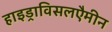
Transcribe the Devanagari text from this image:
हाइड्राविसलएैमीन